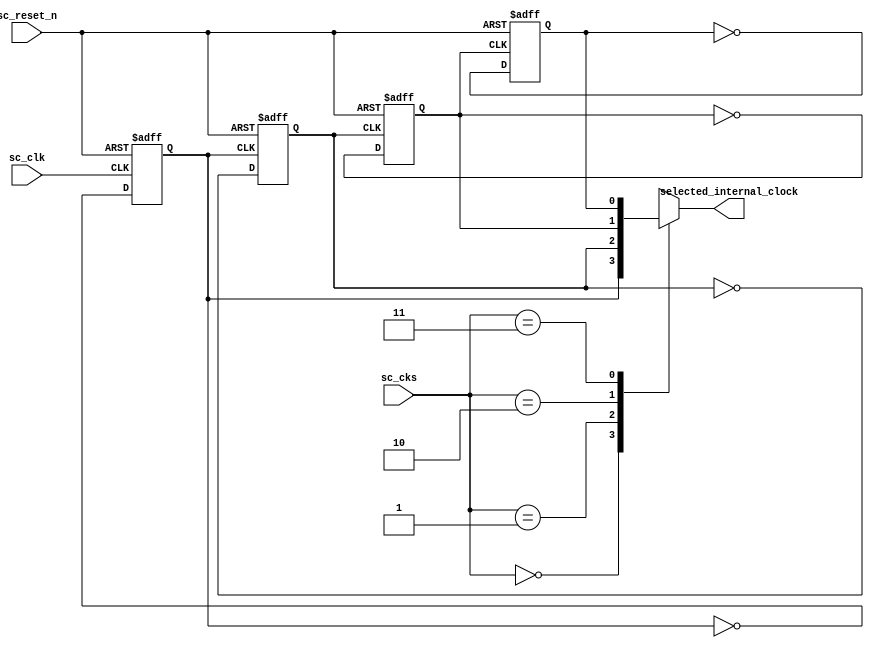
`define HIGH        1'b1
`define LOW         1'b0

module select_clock (
    // Inputs
    input           sc_clk,
    input           sc_reset_n,
    input   [1:0]   sc_cks,

    //Outputs
    output  reg     selected_internal_clock
);

/***********************************|
|I.        INTERNAL  SIGNALS        |
|***********************************/
reg     clk2, clk4, clk8, clk16;
wire    q2, q4, q8, q16;

/***********************************|
|II.           BEHAVIOUR            |
|***********************************/
/*************************|
|1.     Choose clock      |
|*************************/
always @(*) begin
    case (sc_cks)
        2'b00: selected_internal_clock = q2;
        2'b01: selected_internal_clock = q4; 
        2'b10: selected_internal_clock = q8; 
        2'b11: selected_internal_clock = q16;
    endcase
end

/*************************|
|2.         CLK2          |
|*************************/
always @(posedge sc_clk or negedge sc_reset_n) begin
    if(~sc_reset_n) begin
        clk2 <= `LOW;
    end
    else begin
        clk2 <= ~clk2;
    end
end
assign q2 = clk2;

/*************************|
|3.         CLK4          |
|*************************/
always @(posedge clk2 or negedge sc_reset_n) begin
    if(~sc_reset_n) begin
        clk4 <= `LOW;
    end
    else begin
        clk4 <= ~clk4;
    end
end
assign q4 = clk4;

/*************************|
|4.         CLK8          |
|*************************/
always @(posedge clk4 or negedge sc_reset_n) begin
    if(~sc_reset_n) begin
        clk8 <= `LOW;
    end
    else begin
        clk8 <= ~clk8;
    end
end
assign q8 = clk8;

/*************************|
|5.         CLK16         |
|*************************/
always @(posedge clk8 or negedge sc_reset_n) begin
    if(~sc_reset_n) begin
        clk16 <= `LOW;
    end
    else begin
        clk16 <= ~clk16;
    end
end
assign q16 = clk16;
    
endmodule